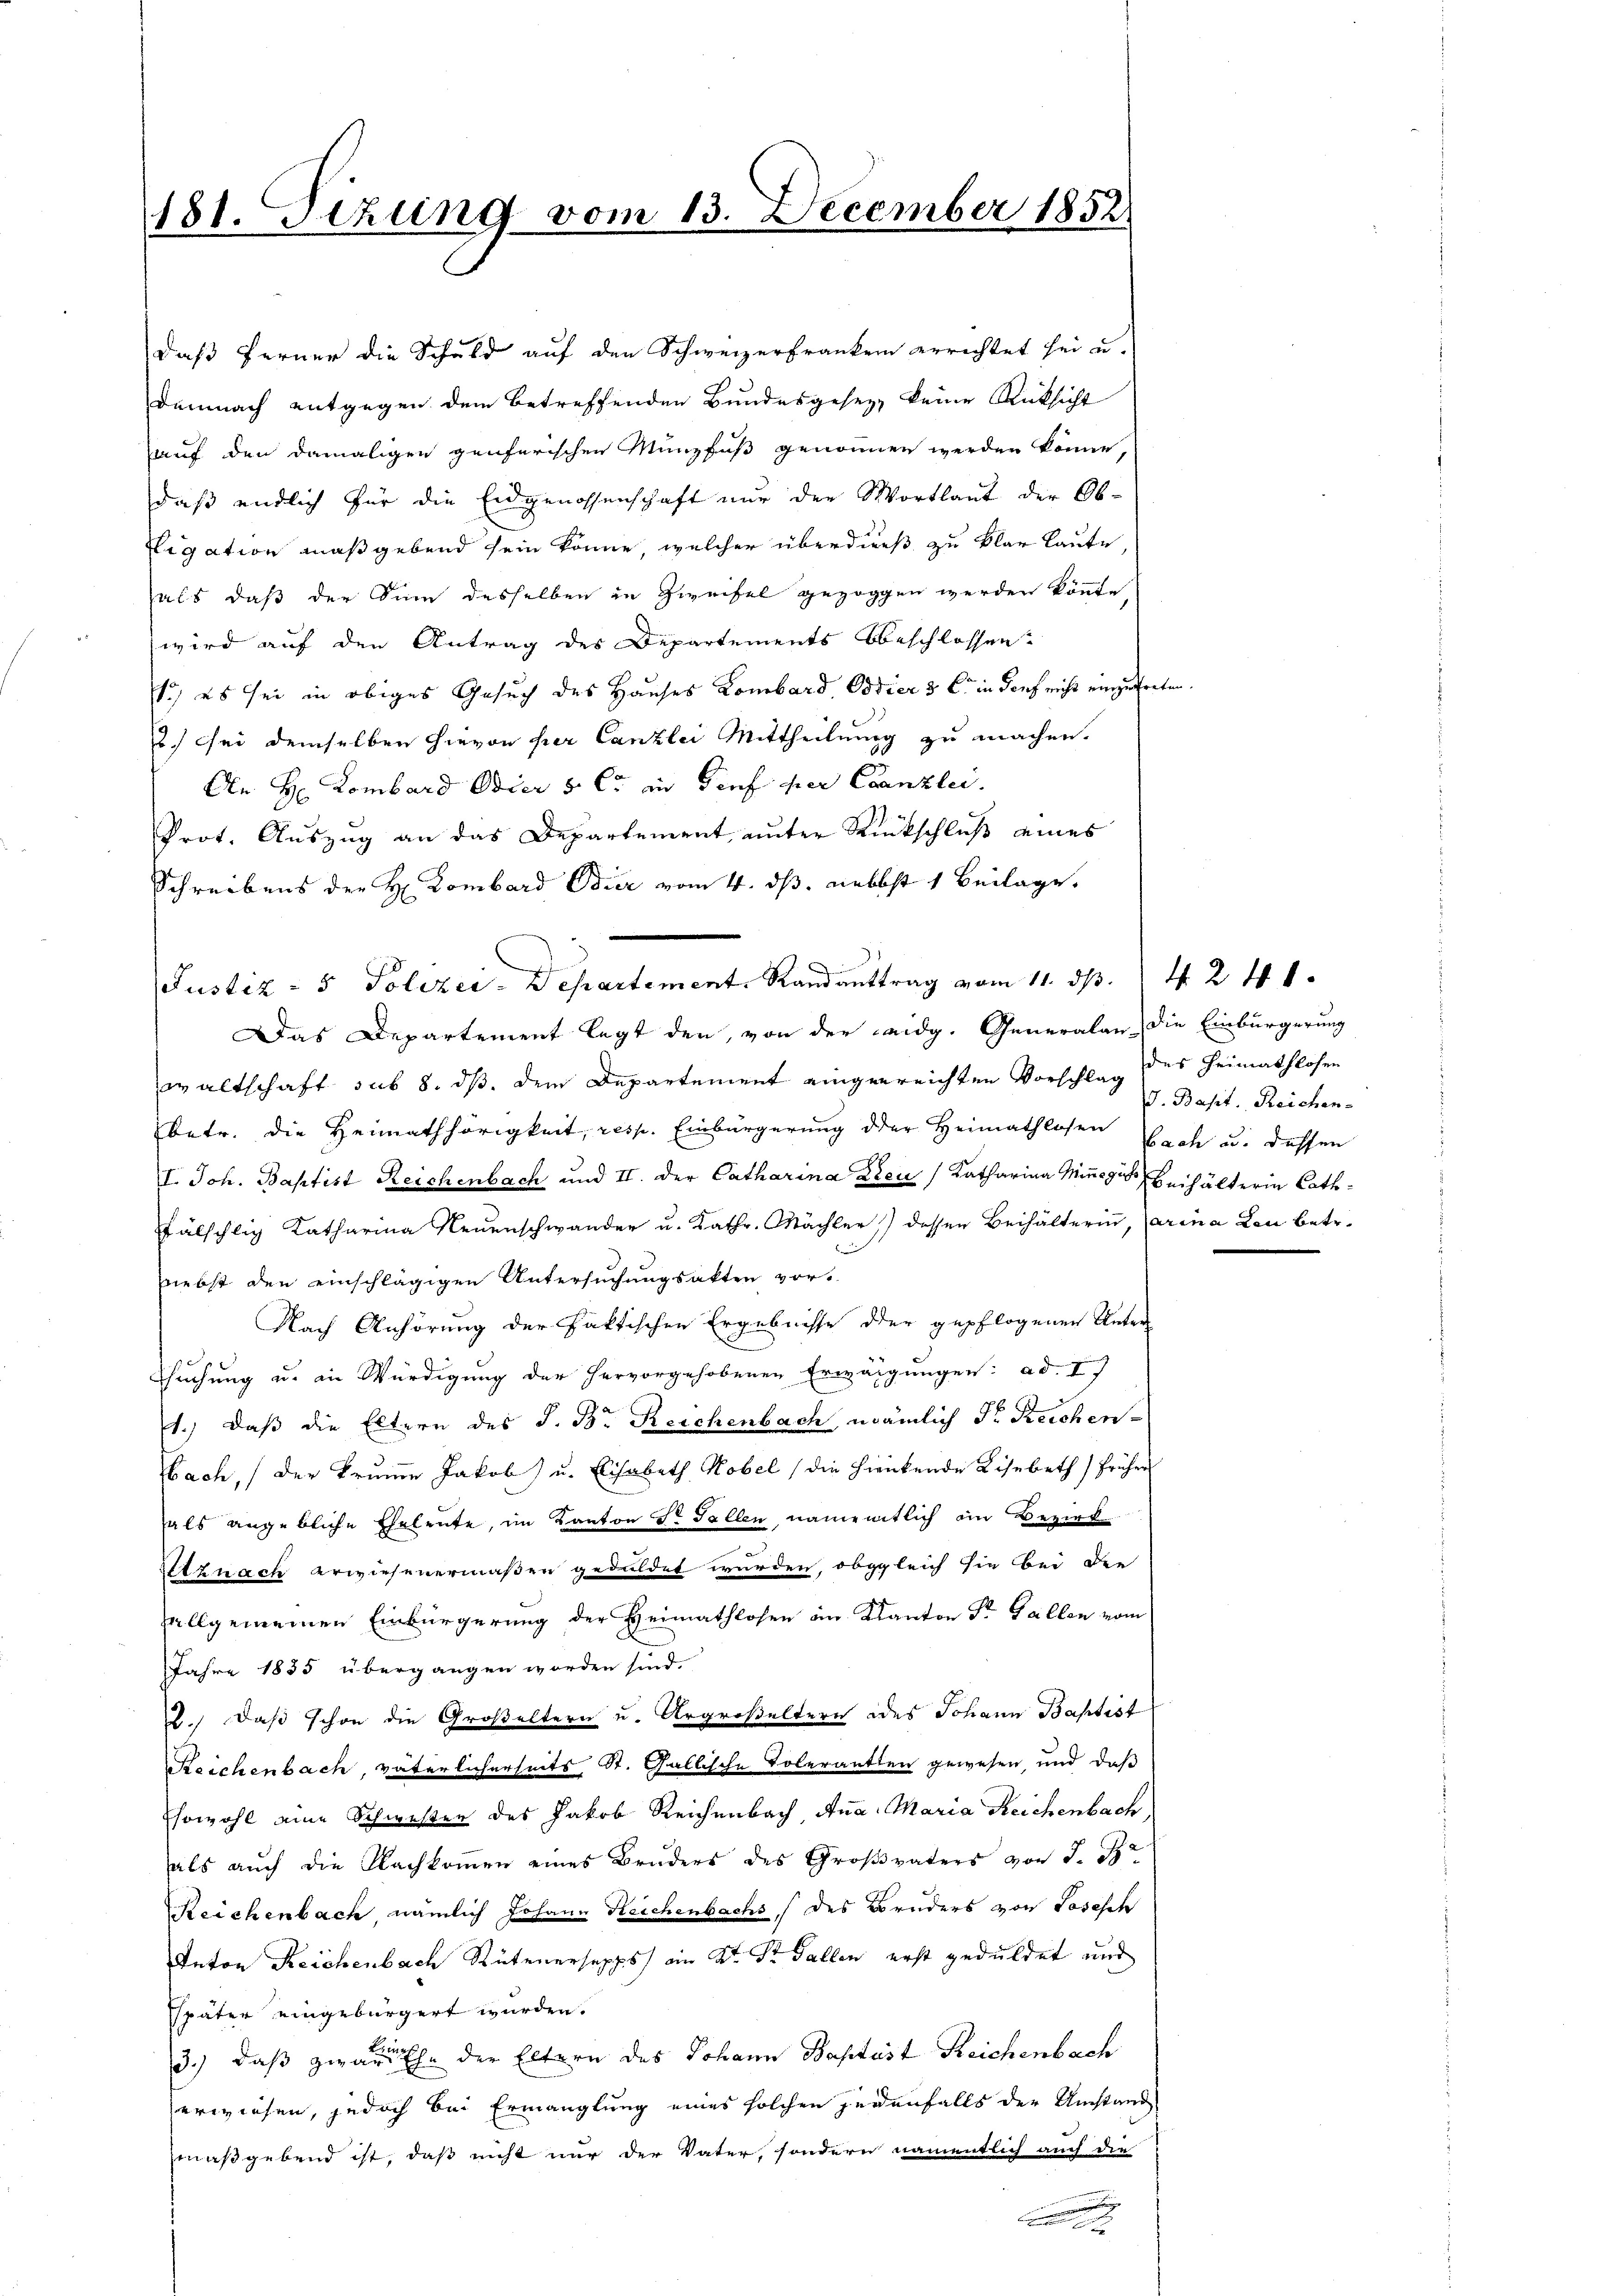
181. Sitzung vom 13. December 1852.

daß ferner die Schuld auf den Schweizerfranken errichtet sei un-
Demnach entgegen dem betreffenden Bundesgesez, keine Rücksicht
auf den damaligen genferischen Münzfuß genomen werden könne,
daß endlich für die Eidgenossenschaft nur der Wortlaut der Ob¬
Sigation maßgebend sein könne, welcher überdieß zu klar laute
hals, daß der Sinn desselben in Zweifel gezogen werden könnte
wird auf den Antrag des Departements beschlossen?
.) es sei in obiges Gesuch des Hauses Lombard Ostier 3 C in darf nicht einzutret¬
.) sei demselben hievon per Canzlei Mittheilung zu machen.
An H: Lombard Odier v. C. in Dorf per Canzlei.
Prot. Auszug an das Departement, unter Rückschluß eines
Schreibens der H: Dombard Bier vom 4. ds. nebst 1 Beilage.
Das Departement legt den, von der eidg. Generalan die Einbürgerung
waltschaft sub 8. ds. dem Departement eingenreichten Vorschlag des Heimathlosen
betr. die Heimathörigkeit, resp. Einbürgerung der Heimathlosen Bach u. dessen
I. Joh. Baptist Reichenbach und II. der Catharina Dreu/ Katharina Minczis Beihälterin Cathfälschlich Katharina Neuenschwander u. Kathr. Möchter) dessen Beihälterin, darina Leu betr.
nnebst den einschlägigen Untersuchungsakten vor-
Nach Anhörung der faktischen Ergebnisse der gepflogenen Unter
Chuchung u. in Würdigung der hervorgehobenen Erwägungen: ad. I
1.) daß die Eltern des J. Br. Reichenbach, nämlich Dr. Reichen-
bach, der Brune Jakob) u. Elisabeth Kobel (die hientende Lisabeth früher
als angebliche Eheleute, im Kanton Dr Fallen, namentlich in Bezirk
znach erwiesenermaßen geduldet wurden, obgleich sie bei die
allgemeinen Einbürgerung der Heimathlosen in Kanton Sr. Gallen vom
Jahre 1835 übergangen worden sind.
2.) Daß schon die Großeltern u. Urgroßeltern des Johann Baptist
Reichenbach, väterlicherseits St. Gallische Toleranten gewesen, und daß
Esowohl eine Schwester des Jakob Reichenbach Ana. Maria Reichenbach,
als aŭch die Nachkoṁen eines Bruders des Großvaters von J. Ja
Reichenbach nämlich Johann Reichenbachs / des Bruders von Losesch
Anton Reichenbach Rütenersapps) ein Dr. Dr. Gallen erst geduldet und
später eingebürgert wurden.
3.) daß zwar Ehe der Eltern des Johann Baptist Reichenbach
erwiesen, jedoch bei Ermanglung eines solchen jedenfalls der Umstand
maßgebend ist, daß nicht nur der Vater, sondern namentlich auch die

Justiz- & Polizei-Departement. Randanttrag vom 11. ds. 4 2 40.

bein

J. Basit. Reichen-